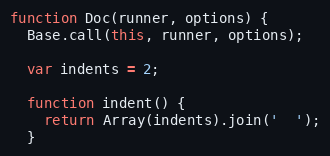
Language: JavaScript
function Doc(runner, options) {
  Base.call(this, runner, options);

  var indents = 2;

  function indent() {
    return Array(indents).join('  ');
  }